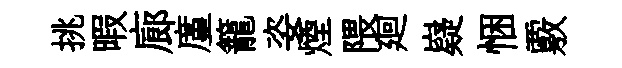
挑暇廊廑籠姿煙隈廻嶷悃覈